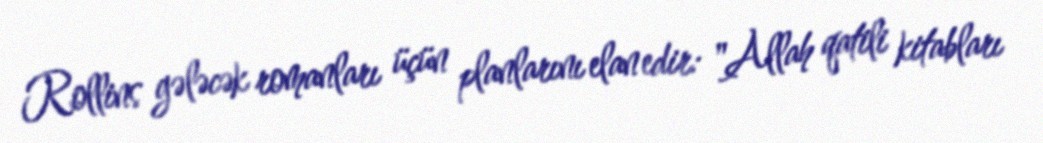
Rollins gələcək romanları üçün planlarını elan edir: "Allah qatili kitabları